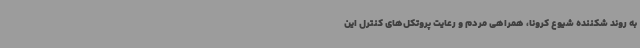
به روند شکننده شیوع کرونا، همراهی مردم و رعایت پروتکل‌های کنترل این